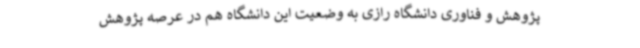
پژوهش و فناوری دانشگاه رازی به وضعیت این دانشگاه هم در عرصه پژوهش